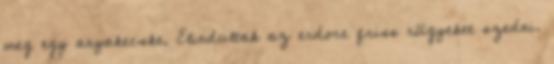
meg egy anyakecske. Elindultak az erdore friss rügyeket szedni.